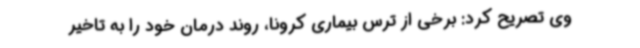
وی تصریح کرد: برخی از ترس بیماری کرونا، روند درمان خود را به تاخیر